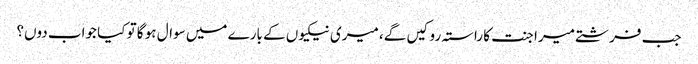
جب فرشتے میرا جنت کا راستہ روکیں گے، میری نیکیوں کے بارے میں سوال ہو گا تو کیا جواب دوں؟